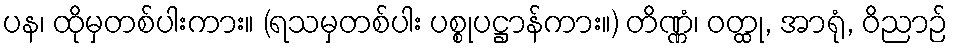
ပန၊ ထိုမှတစ်ပါးကား။ (ရသမှတစ်ပါး ပစ္စုပဋ္ဌာန်ကား။) တိဏ္ဏံ၊ ဝတ္ထု, အာရုံ, ဝိညာဉ်